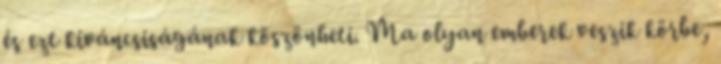
és ezt kíváncsiságának köszönheti. Ma olyan emberek veszik körbe,